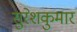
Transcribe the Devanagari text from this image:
सुरेशकुमार